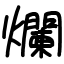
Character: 爛